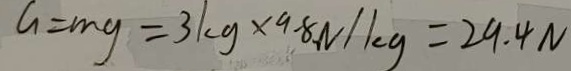
G = m g = 3 k g \times 9 . 8 N / k g = 2 9 . 4 N